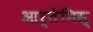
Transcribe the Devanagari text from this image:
आर्तेमिस्‌